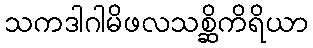
သကဒါဂါမိဖလသစ္ဆိကိရိယာ